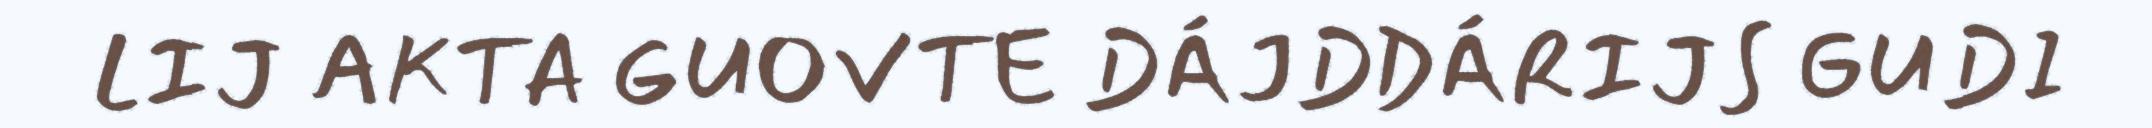
LIJ AKTA GUOVTE DÁJDDÁRIJS GUDI